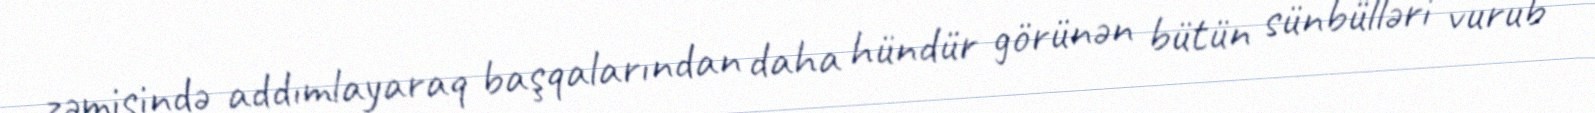
zəmisində addımlayaraq başqalarından daha hündür görünən bütün sünbülləri vurub